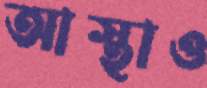
আস্থাও